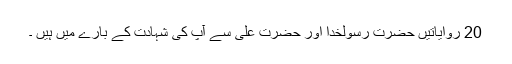
20 روایاتیں حضرت رسولخدا اور حضرت علی سے آپ کی شہادت کے بارے میں ہیں ۔